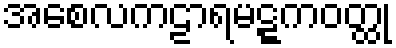
အစေလကဠာရမဋ္ဋကဝတ္ထု